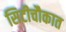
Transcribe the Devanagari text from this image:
सिटीचौकात